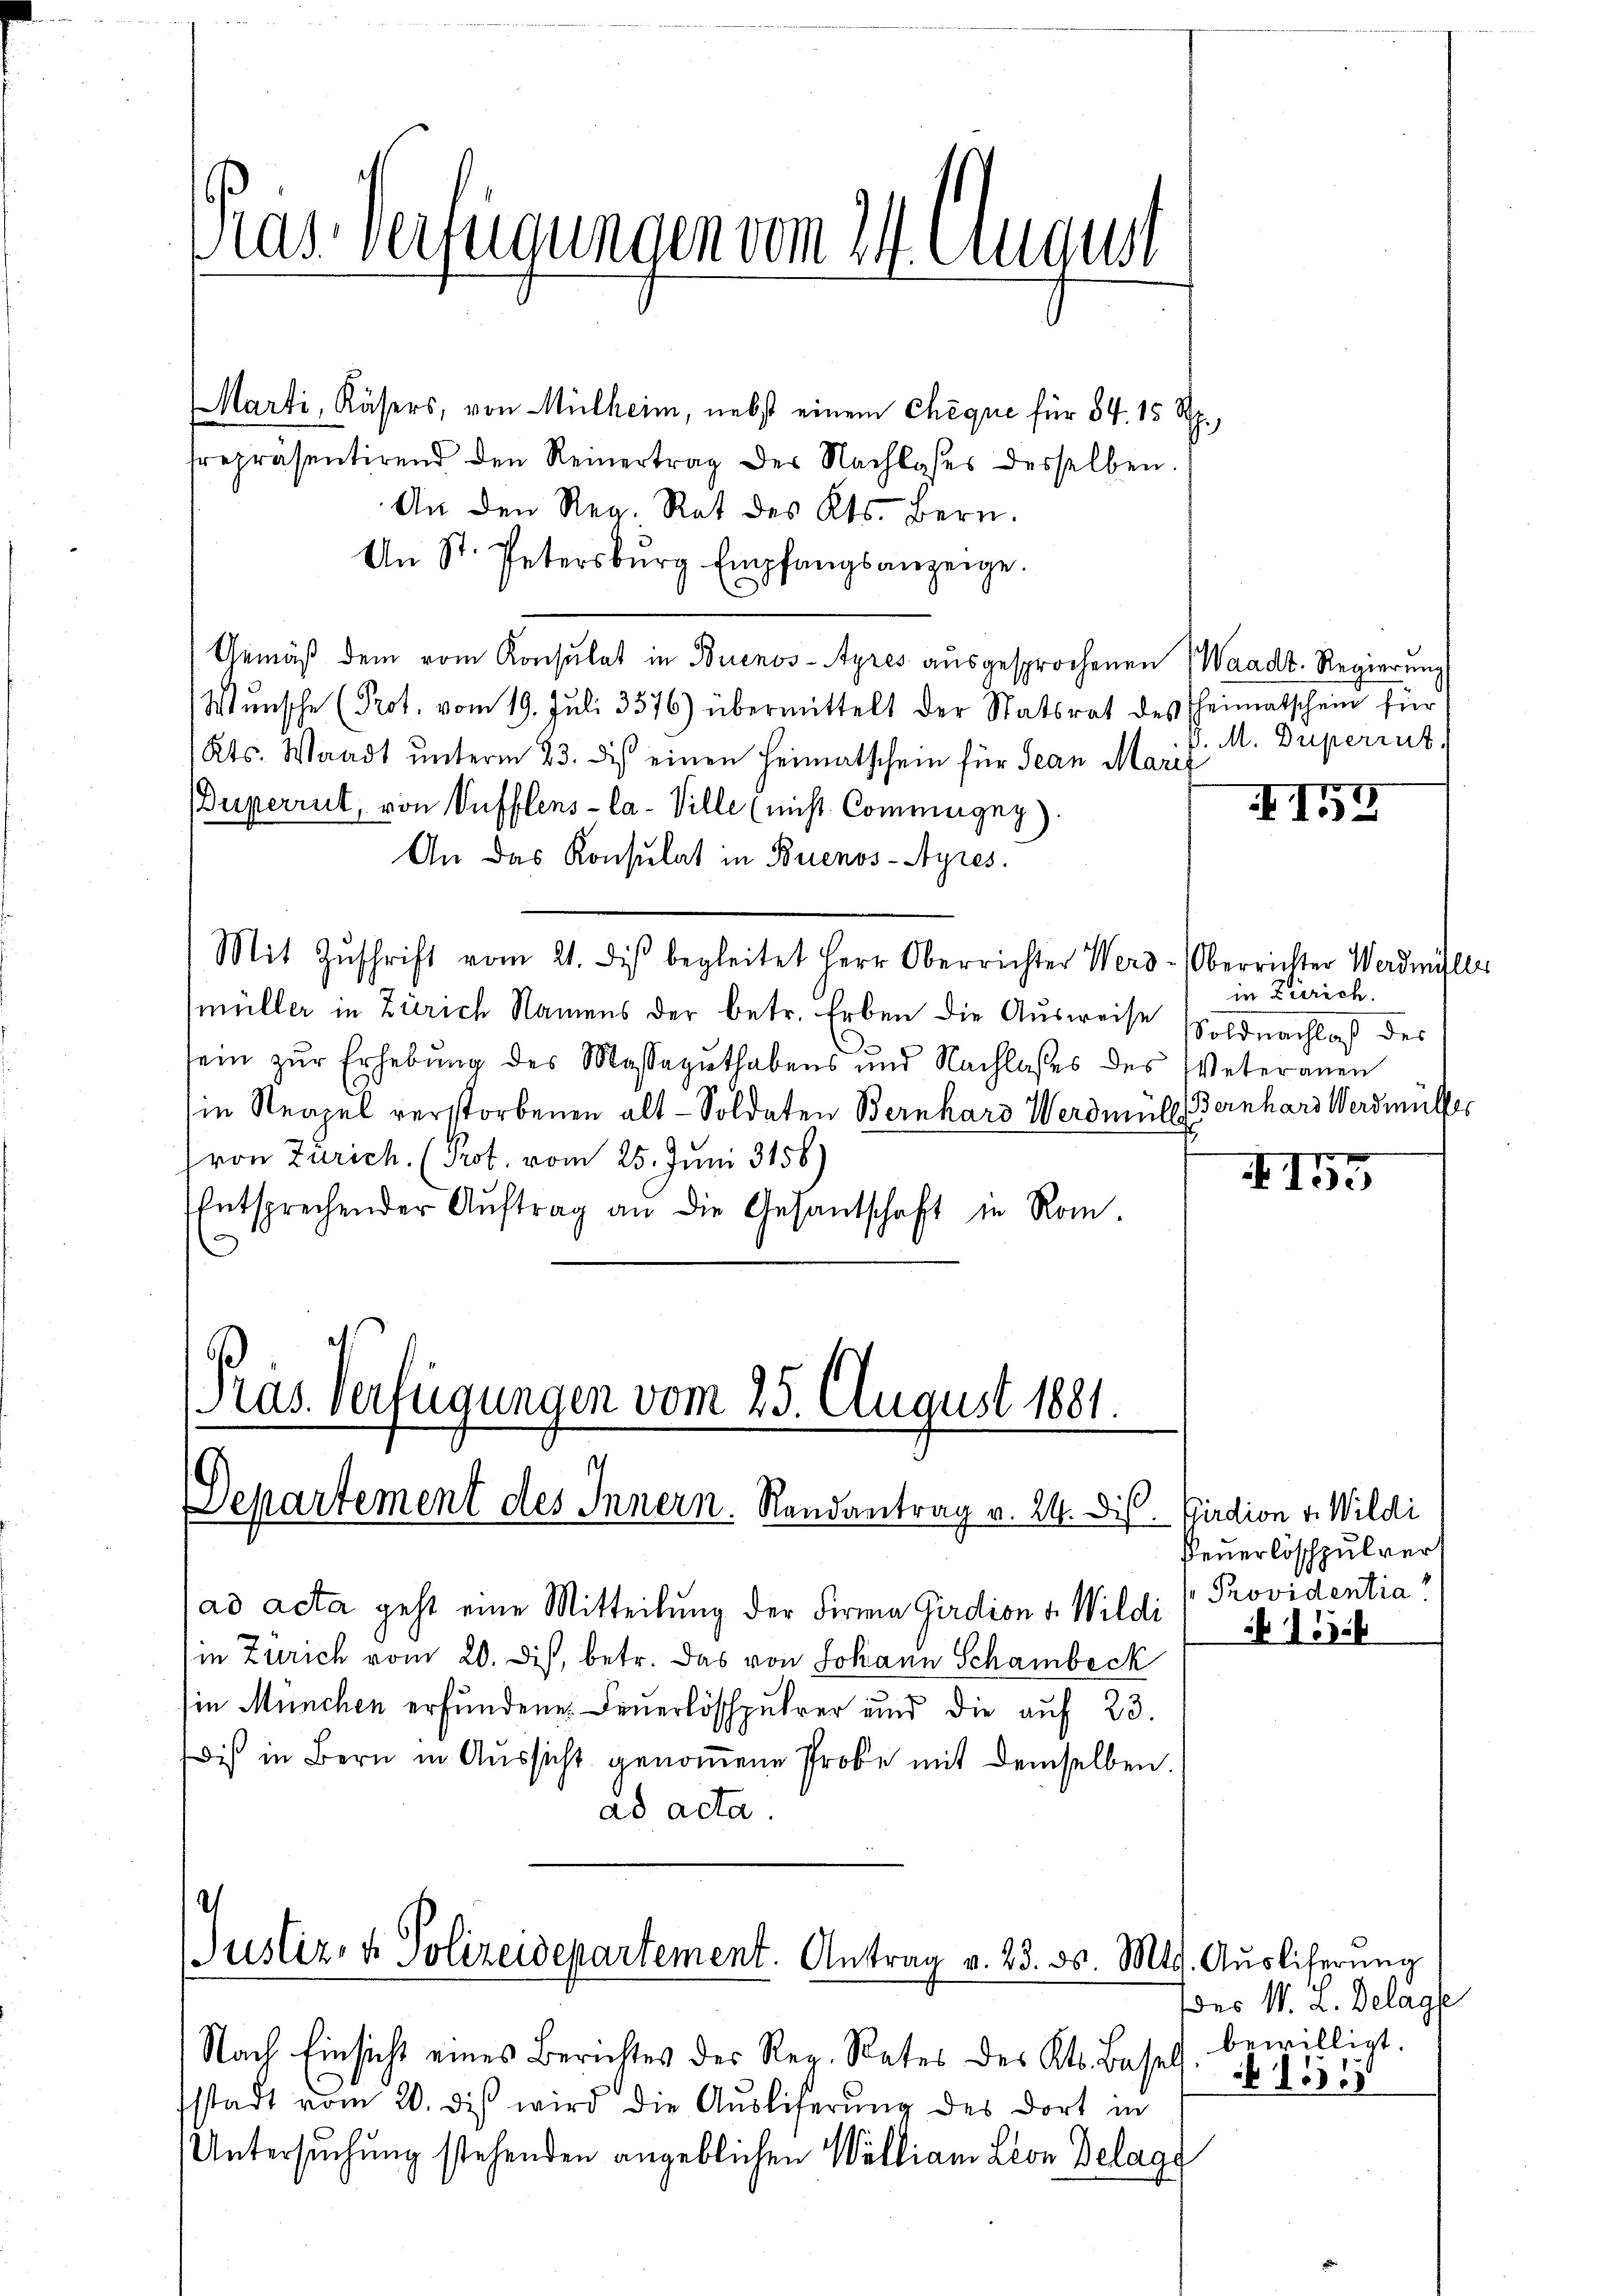
as verfügungen vom 24. August

Marti, Käsers, von Mülheim, nebst einem Chèque für 84. 15 Rp.
trepräsentirend den Reinertrag der Nachlasses desselben.
An den Reg. Rat des Kts. Bern.
An St. Petersbŭrg Empfangsanzeige.
Gemäß dem vom Konsulat in Buenos-Ayres ausgesprochenen Waadt. Regierung
Wunsche (Prot. vom 19. Juli 3576) übermittelt der Statsrat des heimatschein für
Kts. Waadt unterm 23. des einen Heimatschein für Jean Maril
Buperrut, von Vufflens-Ca- Ville (nicht Commugny).
An das Konsulat in Buenos-Ayres.
Mit Zŭschrift vom 21. diβ begleitet Herr Oberrichter Werd-Oberrichter Werdmüller
müller in Zürich Namens der betr. Erben die Ausweise Soldnachlaß des
sein zur Erhebung des Massaguthabens und Nachlasses des Veteranen
in Neapel verstorbenen alt-Soldaten Bernhard Werdmüll
Pron Zürich. (Prof. vom 25. Juni 3156)
Entsprechender Aŭftrag an die Gesandschaft in Rom.
d

Ras. Verfügungen vom 25. August 1881.
Departement des Innern. Randantrag v. 24. Diss. Girdion v. Wildi

ad acta geht eine Mitteilung der Firma Girdion v. Wildi (Providentia
in Zürich vom 20. Dist, betr. das von Johann Schambeck
in München erfundene Feuerlöschpuhrer und die auf 23.
dis in Bern in Aŭssicht genoṁene Probe mit demselben.
ad acta.

e
Justiz- & Polizeidepartement. Antrag v. 23. ds. Mts. Aŭsliferŭng

M. Duperint.

Nach Einsicht eines Berichtes des Reg. Rates des Kts. Bassel
ssstadt vom 20. diβ wird die Aŭsliserŭng des dort in
Untersuchung stehenden angeblichen Walliam Leon Belage

159

in Zürich.
Bernhard Werdmüller

155

Feuerlöschulvert
 156

des W. d. Delage
bewilligt.
 551